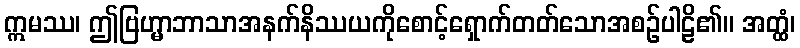
ဣမဿ၊ ဤဗြဟ္မာဘာသာအနက်နိဿယကိုစောင့်ရှောက်တတ်သောအစဉ်ပါဠိ၏။ အတ္ထံ၊